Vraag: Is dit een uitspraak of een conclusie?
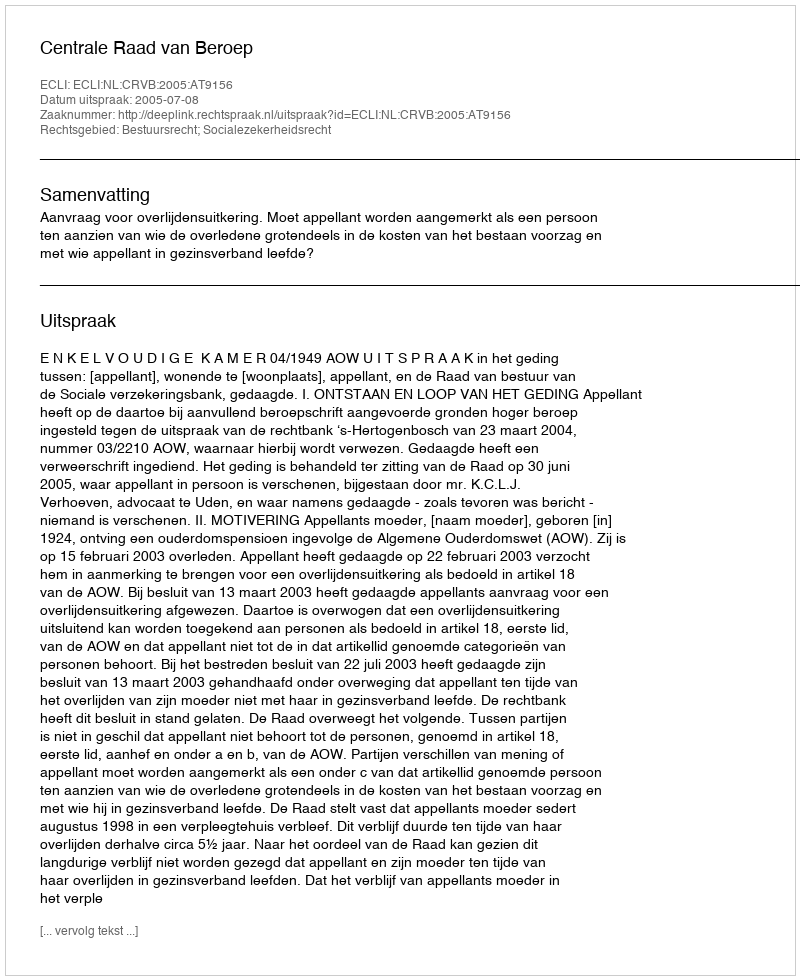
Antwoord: Uitspraak